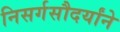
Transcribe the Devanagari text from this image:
निसर्गसौदर्यांने